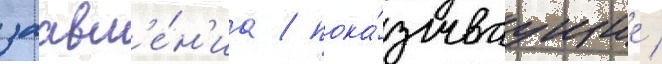
заавл'е́н'иа / пока́зываущие /